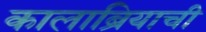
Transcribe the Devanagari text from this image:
कालाब्रियाची